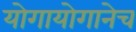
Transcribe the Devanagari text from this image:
योगायोगानेच